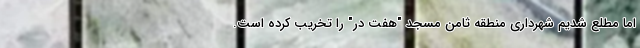
اما مطلع شدیم شهرداری منطقه ثامن مسجد "هفت در" را تخریب کرده است.